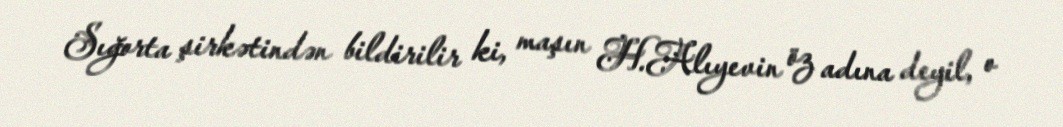
Sığorta şirkətindən bildirilir ki, maşın H.Alıyevin öz adına deyil, o